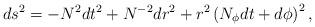
LaTeX: \begin{align*}ds^{2} = - N^{2} dt^{2} + N^{-2} dr^{2} +r^{2} \left(N_{\phi} dt+d \phi\right)^{2},\end{align*}